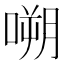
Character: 嗍